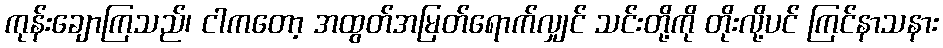
ကုန်းချောကြသည်၊ ငါကတော့ အထွတ်အမြတ်ရောက်လျှင် သင်းတို့ကို တိုးလို့ပင် ကြင်နာသနား